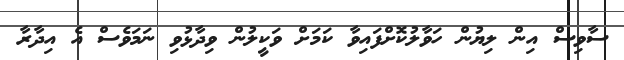
ސާވިސް އިން ލިޔުން ހަވާލުކޮށްފައިވާ ކަމަށް ވަކީލުން ވިދާޅުވި ނަމަވެސް އެ އިދާރާ